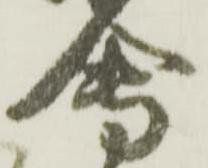
會